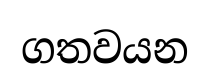
ගතවයන